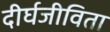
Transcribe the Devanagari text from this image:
दीर्घजीविता